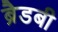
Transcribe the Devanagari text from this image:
ब्रैडबी